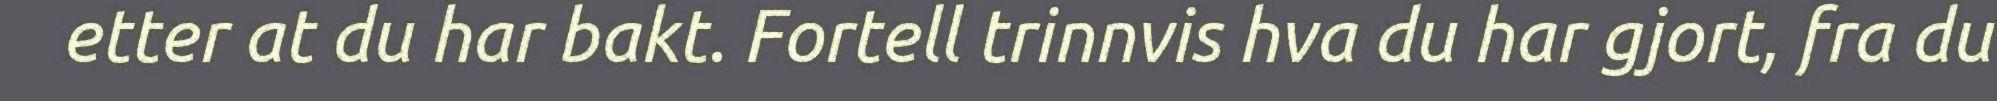
etter at du har bakt. Fortell trinnvis hva du har gjort, fra du